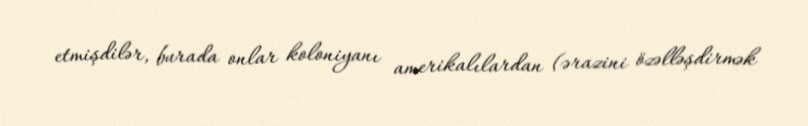
etmişdilər, burada onlar koloniyanı amerikalılardan (ərazini özəlləşdirmək